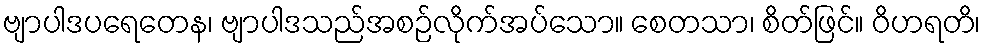
ဗျာပါဒပရေတေန၊ ဗျာပါဒသည်အစဉ်လိုက်အပ်သော။ စေတသာ၊ စိတ်ဖြင်။ ဝိဟရတိ၊